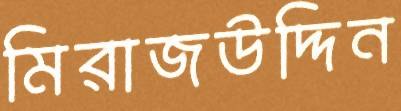
মিরাজউদ্দিন